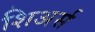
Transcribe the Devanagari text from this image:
शिअर्स